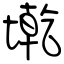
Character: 墘